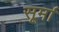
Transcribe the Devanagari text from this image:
सूर्मा